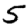
Digit: 5